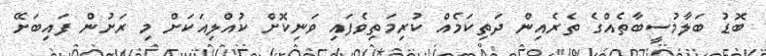
ބޮޑު ބަލާމުސީބާތެއްގެ ތެރެއިން ދަތިކަމެއް ކުރިމަތިވެފައި ވަނިކޮށް ކުއްލިއަކަށް މި ރަށުން ފައިބަށޭ